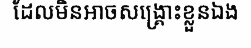
ដែលមិនអាចសង្គ្រោះខ្លួនឯង